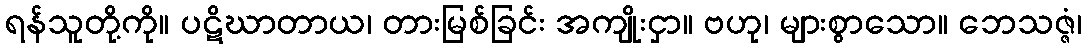
ရန်သူတို့ကို။ ပဋိဃာတာယ၊ တားမြစ်ခြင်း အကျိုးငှာ။ ဗဟု၊ များစွာသော။ ဘေသဇ္ဇံ၊